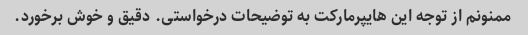
ممنونم از توجه این هایپرمارکت به توضیحات درخواستی. دقیق و خوش برخورد.